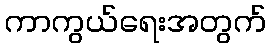
ကာကွယ်ရေးအတွက်